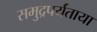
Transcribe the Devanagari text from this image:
समुद्रपर्यंताया